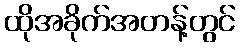
ထိုအခိုက်အတန့်တွင်